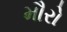
મૌરો